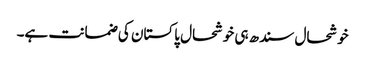
خوشحال سندھ ہی خوشحال پاکستان کی ضمانت ہے۔